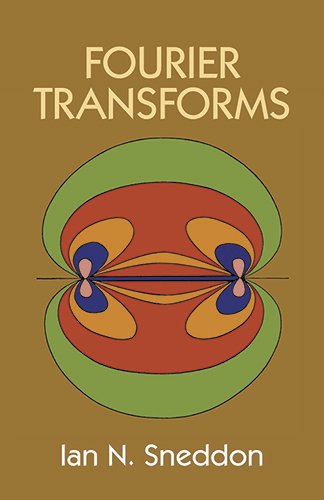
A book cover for Fourier Transforms (Dover Books on Mathematics); Ian N. Sneddon; Science & Math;